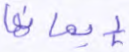
إيمانها